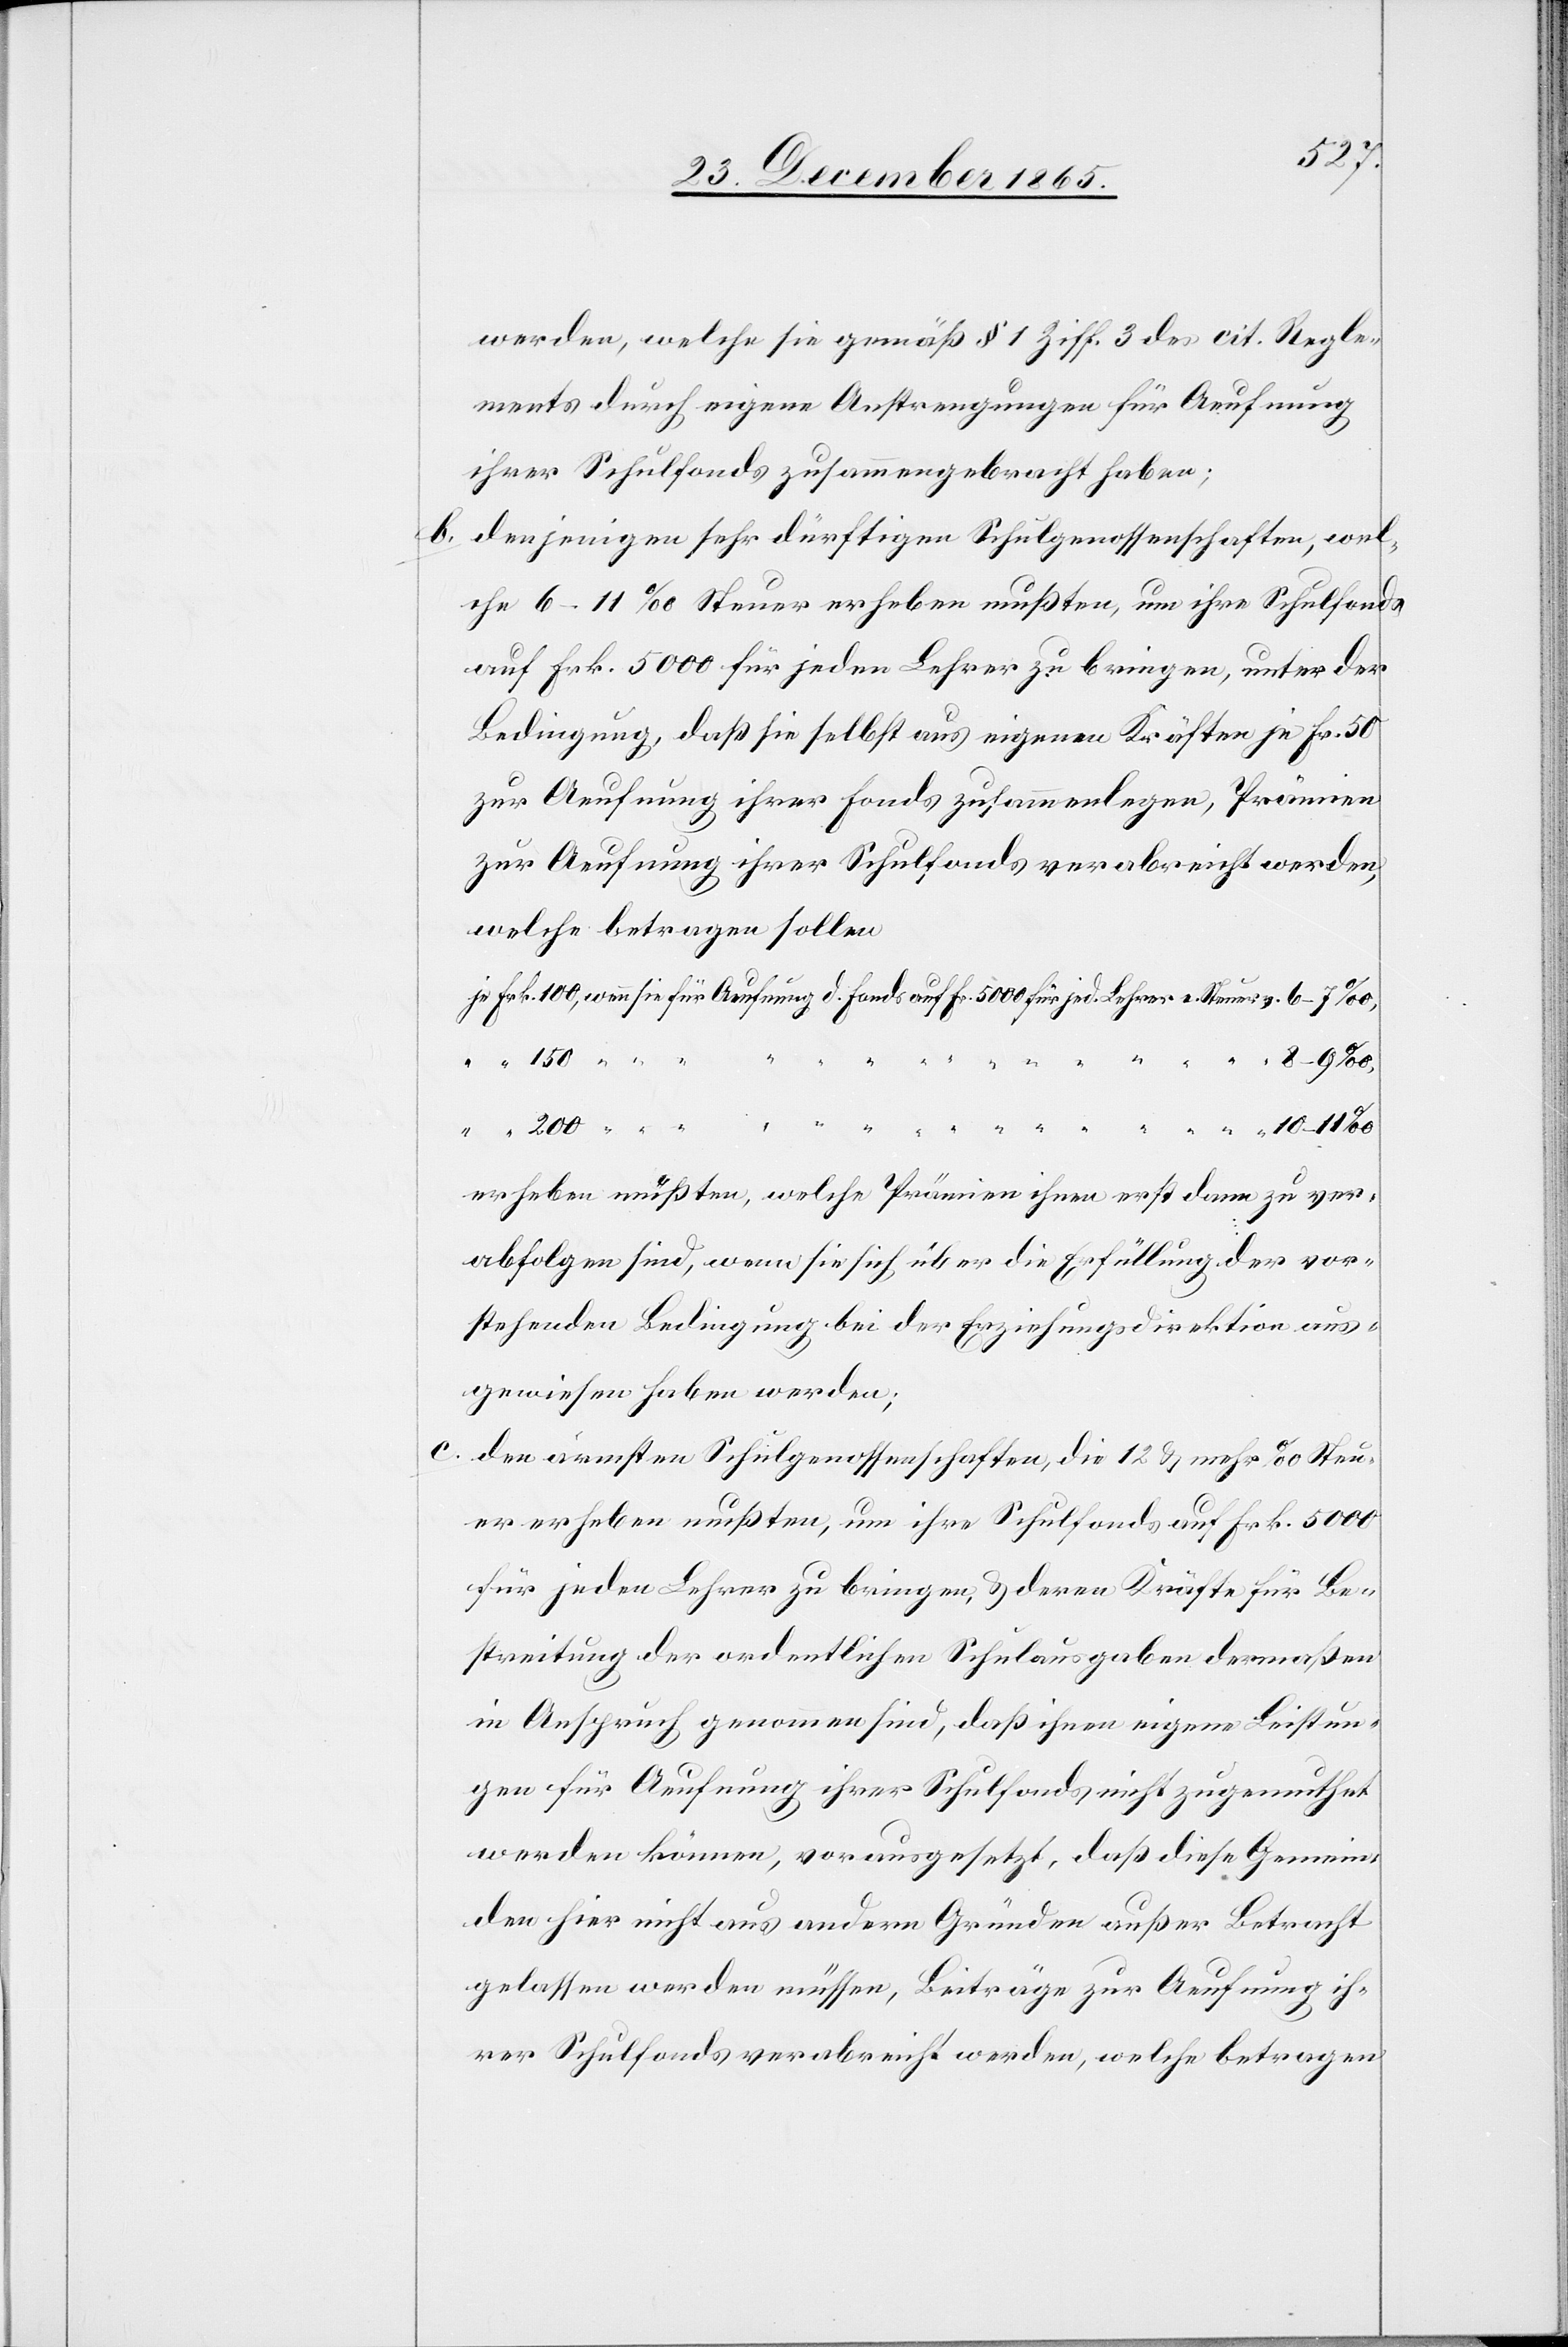
150

Fr.
werden, welche sie gemäß § 1 Ziff. 3 des cit. Regle¬
ments durch eigene Anstrengungen für Aeufnung
ihrer Schulfonds zusammengebracht haben;
b. denjenigen sehr dürftigen Schulgenossenschaften, wel¬
che 6–11‰ Steuer erheben mußten, um ihre Schulfonds
auf Frk. 5000 für jeden Lehrer zu bringen, unter der
Bedingung, daß sie selbst aus eigenen Kräften je Fr. 50
zur Aeufnung ihrer Fonds zusammenlegen, Prämien
zur Aeufnung ihrer Schulfonds verabreicht werden,
welche betragen sollen
v.
erheben müßten, welche Prämien ihnen erst dann zu ver¬
abfolgen sind, wenn sie sich über die Erfüllung der vor¬
stehenden Bedingung bei der Erziehungsdirektion aus¬
gewiesen haben werden;
den ärmsten Schulgenossenschaften, die 12 & mehr ‰ Steu¬
ern erheben mußten, um ihre Schulfonds auf Frk. 5000
für jeden Lehrer zu bringen, & deren Kräfte für Be¬
streitung der ordentlichen Schulausgaben dermaßen
in Anspruch genommen sind, daß ihnen eigene Leistun¬
gen für Aeufnung ihrer Schulfonds nicht zugerechnet
werden können, vorausgesetzt, daß diese Gemein¬
den hier nicht aus andern Gründen außer Betracht
gelassen werden müssen, Beiträge zur Aeufnung ih¬
rer Schulfonds verabreicht werden, welche betragen